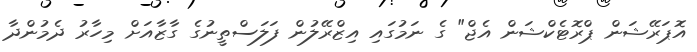
އޮޕަރޭޝަން ޕްރޮޓެކްޝަން އެޖް" ގެ ނަމުގައި އިޒްރޭލުން ފަލަސްތީނުގެ ގާޒާއަށް މިހާރު ދެމުންދާ